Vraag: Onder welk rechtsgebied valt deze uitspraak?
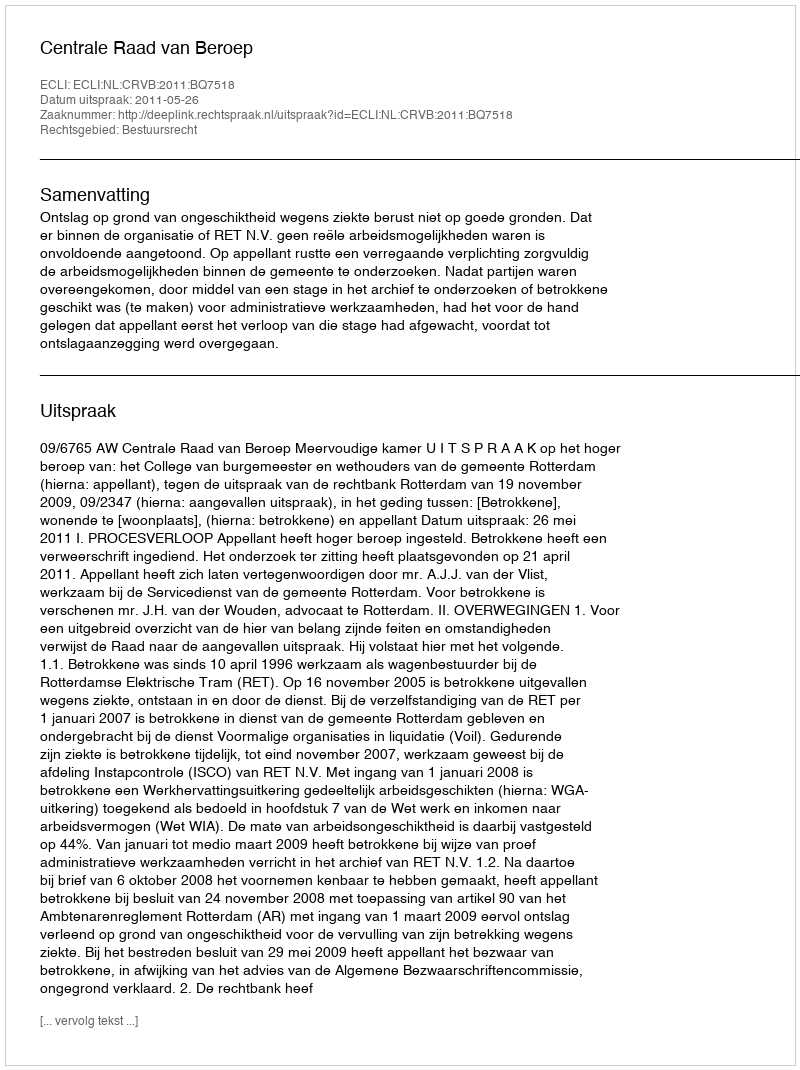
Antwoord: Bestuursrecht